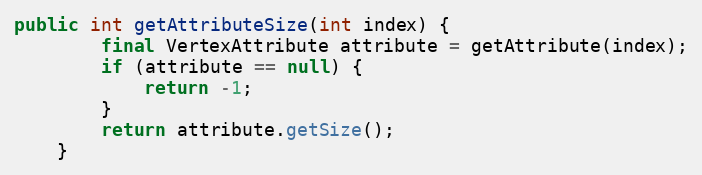
Language: Java
public int getAttributeSize(int index) {
        final VertexAttribute attribute = getAttribute(index);
        if (attribute == null) {
            return -1;
        }
        return attribute.getSize();
    }